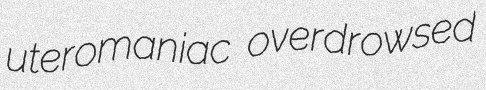
uteromaniac overdrowsed